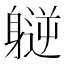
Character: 𫏮